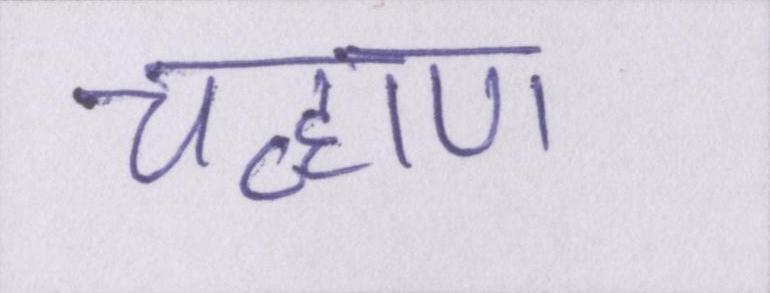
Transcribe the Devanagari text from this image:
चव्हाण